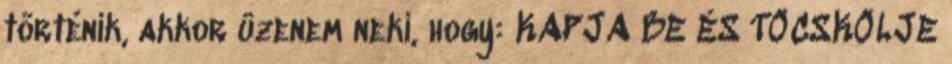
történik, akkor üzenem neki, hogy: KAPJA BE ÉS TÖCSKÖLJE